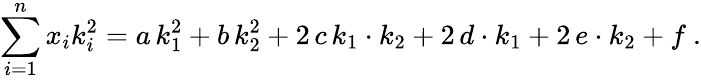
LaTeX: \sum_{i=1}^{n}x_{i}k_{i}^{2}=a\, k_{1}^{2}+b\, k_{2}^{2}+2\, c\, k_{1}\cdot k_{2}+2\, d\cdot k_{1}+2\, e\cdot k_{2}+f\ .